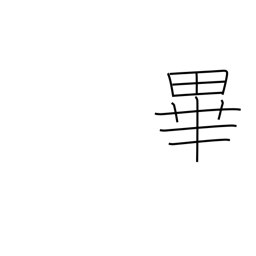
Meaning: the end